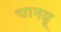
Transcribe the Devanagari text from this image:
चानग्रू